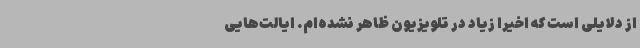
از دلایلی است که اخیراً زیاد در تلویزیون ظاهر نشده‌ام. ایالت‌هایی